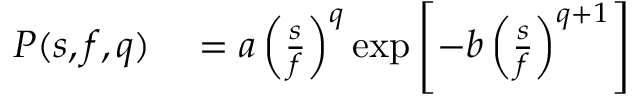
\begin{array} { r l } { P ( s , f , q ) } & { { } = a \left( \frac { s } { f } \right) ^ { q } \exp \left[ - b \left( \frac { s } { f } \right) ^ { q + 1 } \right] } \end{array}